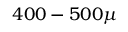
4 0 0 - 5 0 0 { \mu }